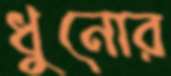
ধুনোর